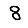
Digit: 8